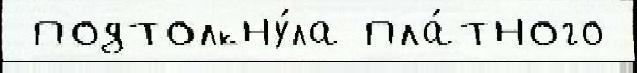
 подтолкну́ла пла́тного